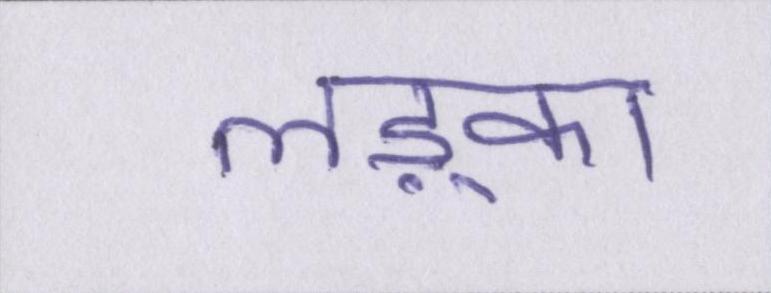
लड़्का